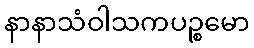
နာနာသံဝါသကပဉ္စမော